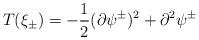
LaTeX: \begin{align*}T(\xi_{\pm}) = -\frac{1}{2}(\partial\psi^{\pm})^{2} +\partial^{2}\psi^{\pm}\end{align*}